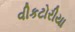
વીકટોરીયા